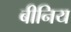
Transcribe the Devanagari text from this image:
बीनिय